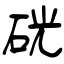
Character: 巹